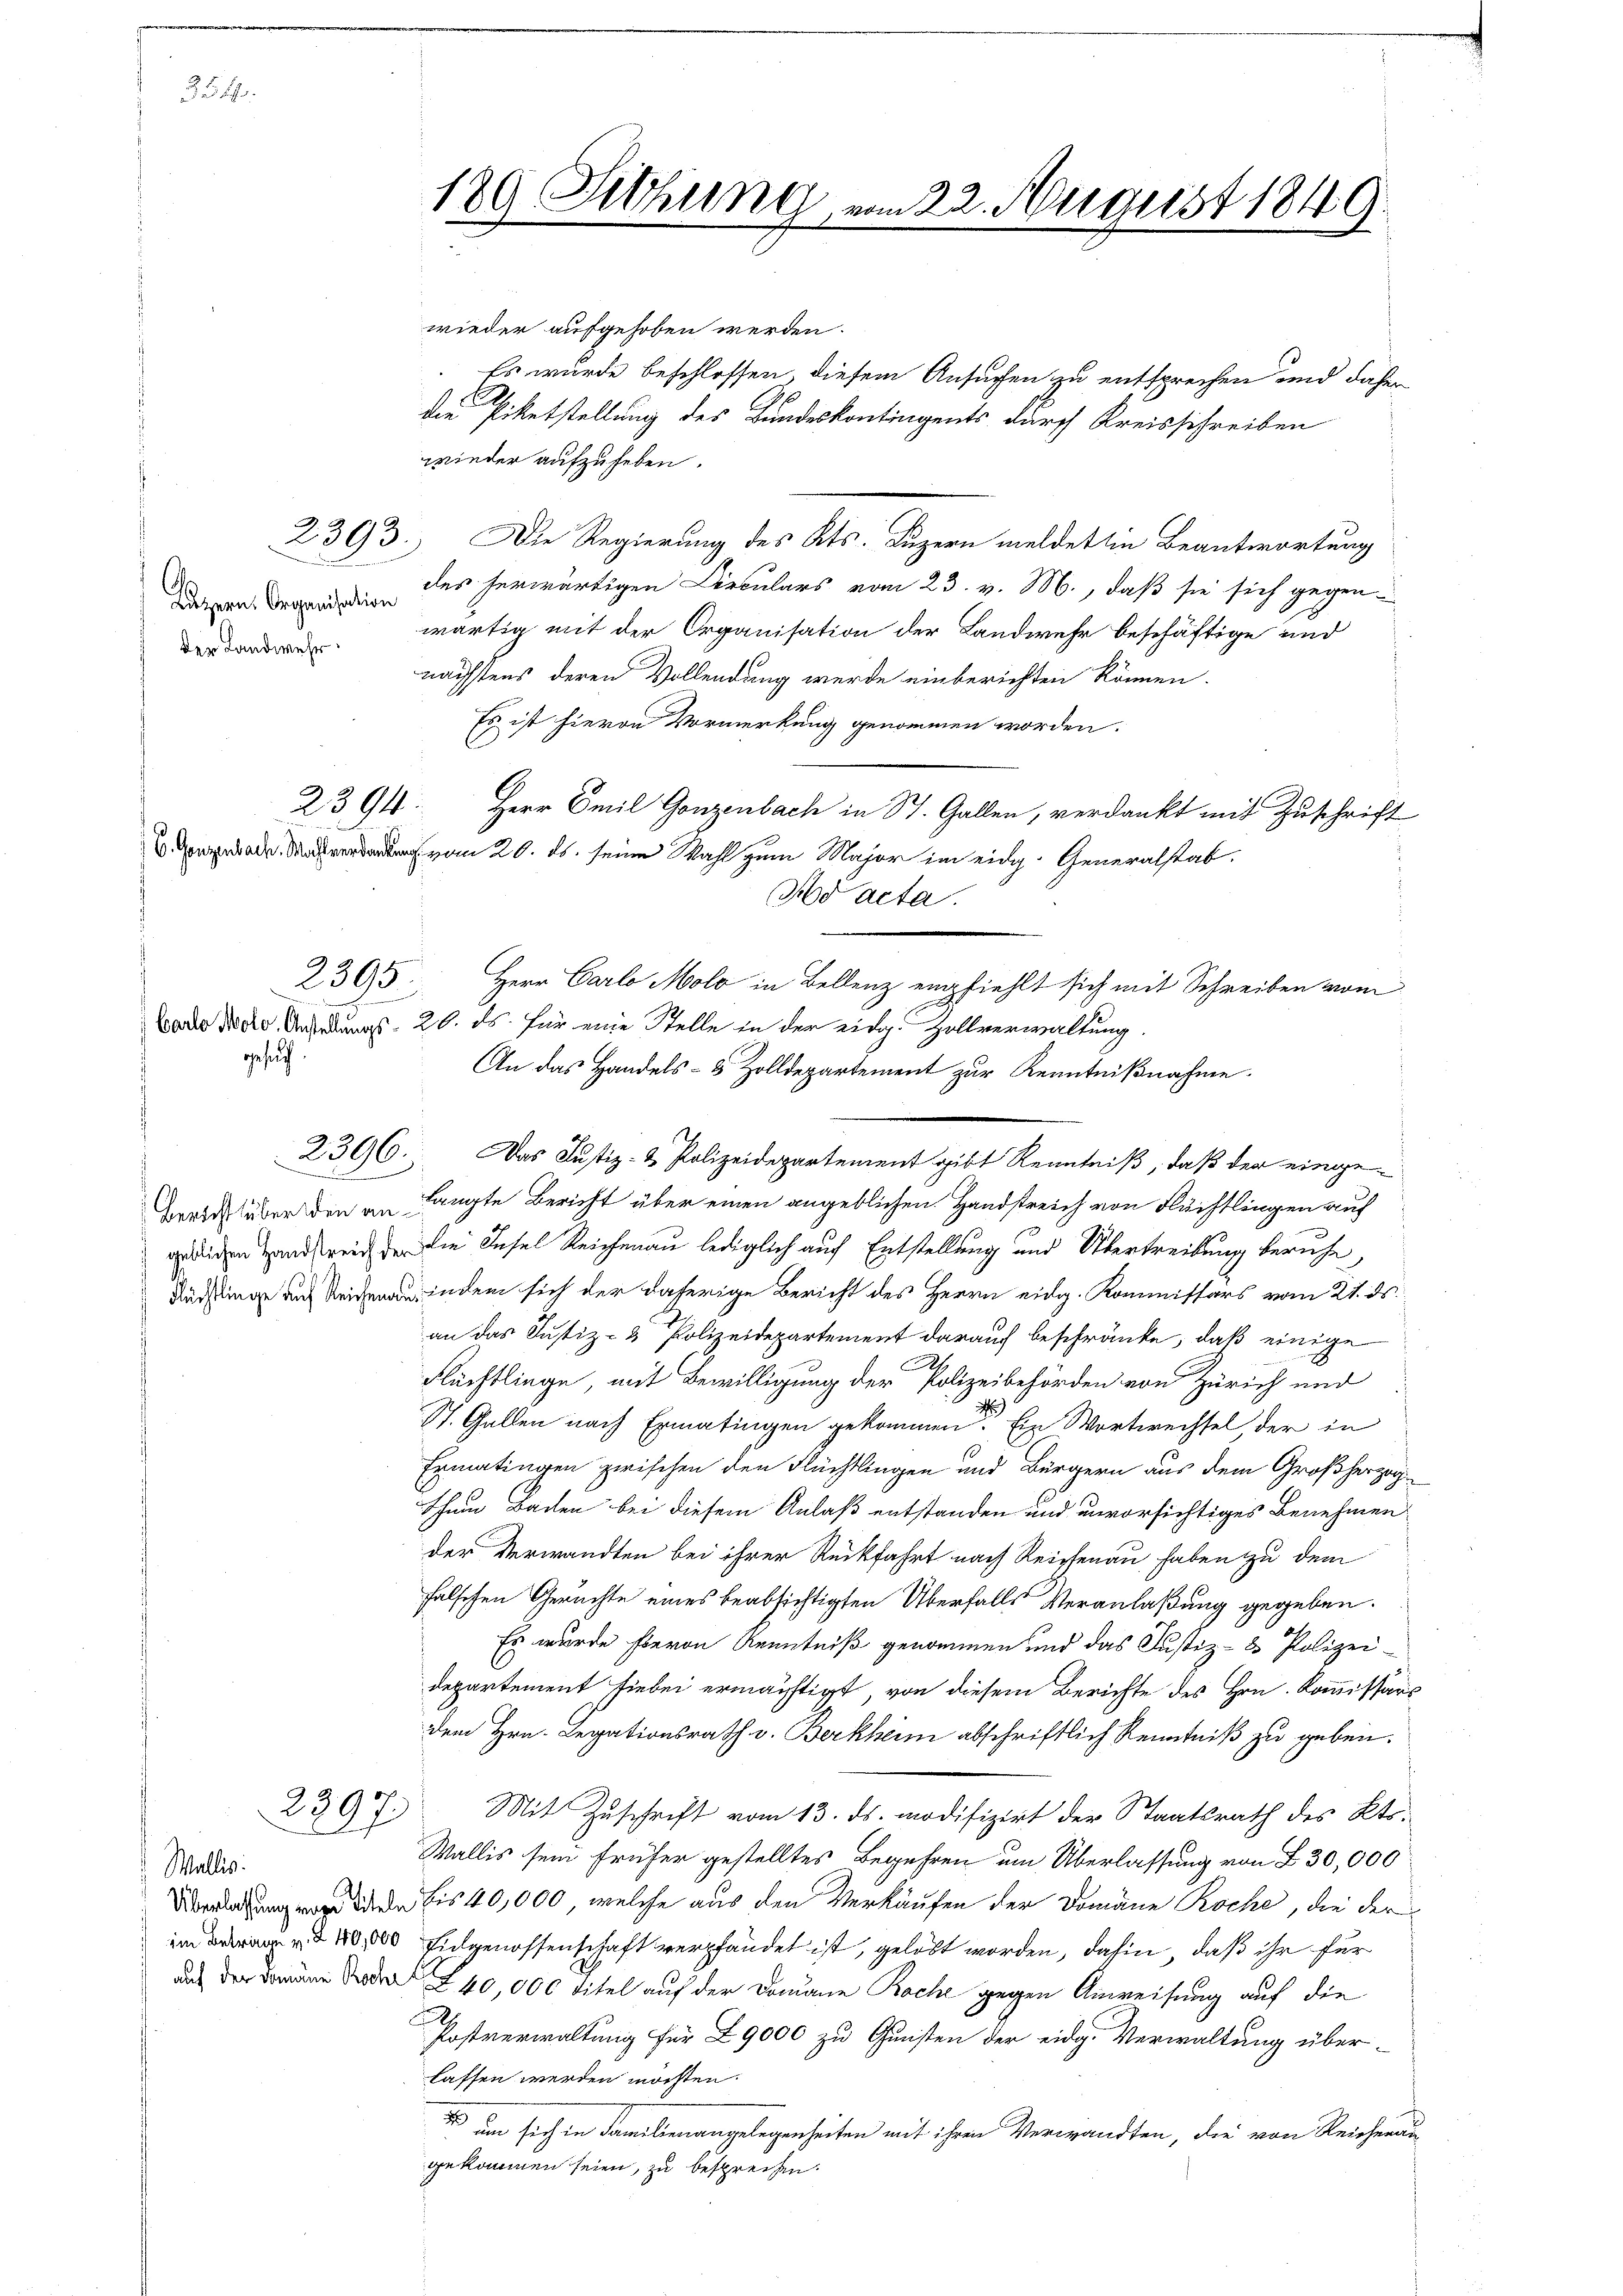
354.

Luzern, Organisation
der Landwehr

2394

gesuch.

2395

23.
e
17)

Wallis.

wieder aufgehoben werden.
 Es wurde beschlossen, diesem Ansuchen zu entsprechen und daher
die Piketstellung des Bundeskontingents durch Kreisschreiben
wieder aufzuheben.
2393.) Die Regierung des Kts. Luzern meldet in Beantwortung
des herwärtigen Dirculars vom 23. v. M., daß sie sich gegenwärtig mit der Organisation der Landwehr beschäftige und
nächstens deren Vollendung werde einberichten können.
Es ist hievon Vormerkung genommen worden.
Herr Emil Gonzenbach in St. Gallen, verdankt mit Zuschrift
v 20. ds. seine Wahl zum Major im eidg. Generalstab.
Ad acta.
Laro Mero Ansiedlungs- 20. ds. für eine Stelle in der eidg. Zollverwaltung.
An das Handels- 5 Zolldepartement zur Kenntnißnahme.
2396. Das Justiz- & Polizeidepartement gibt Kenntniß, daß der eingebreich über den an hängte Bericht über einen angeblichen Handstreich von Flüchtlingen auf
gedingen Landstreid der die Insel Reichenau lediglich auch Entstellung und Übertreibung beruhe
 indem sich der daherige Bericht des Herrn eidg. Kommissärs vom 21. ds.
an das Justiz- & Polizeidepartement darauf beschränke, daß einige
C
Flüchtlinge, mit Bewilligung der Polizeibehörden von Zürich und
St. Gallen nach Ermatingen gekommen. Ein Wortwechsel, der in
Ermatingen zwischen den Flüchtlingen und Bürgern aus dem Großherzogthum Bachen bei diesem Anlaß entstanden und unvorsichtiges Benehmen
der Verwandten bei ihrer Rückfahrt nach Reichenau haben zu dem
fälschen Geruchte eines beabsichtigten Überfalls Veranlaßung gegeben.
Es wurde hievon Kenntniß genommen und das Justiz- & Polizeidepartement hiebei ermächtigt, von diesem Berichte des Hrn. Kommissärsdem Hrn. Legationsrath v. Berkhen abschriftlich Kenntniß zu geben.
Mit Zuschrift vom 13. ds. modifizirt der Staatsrath des Kts.
Wallis sein früher gestelltes Begehren um Überlassung von § 30,000
 bis 40,000, welche aus den Verkäufen der Domäne Koche, die der
im § 40,000 Eidgenossenschaft verpfändet ist, gelöst worden, dahin, daß ihr für
aus der Band   40,000 Titel auf der Domane Roche gegen Anweisung auf die
Postverwaltung für 29000 zu Gunsten der eidg. Verwaltung über-
lassen werden möchten.
 um sich in Familienangelegenheiten mit ihren Verwandten, die von Reicherun
gekommen seien, zu besprechen.

189 Sitzung, vom 22. August 1846

Herr Carlo Molo in Bellenz empfiehlt sich mit Schreiben vom